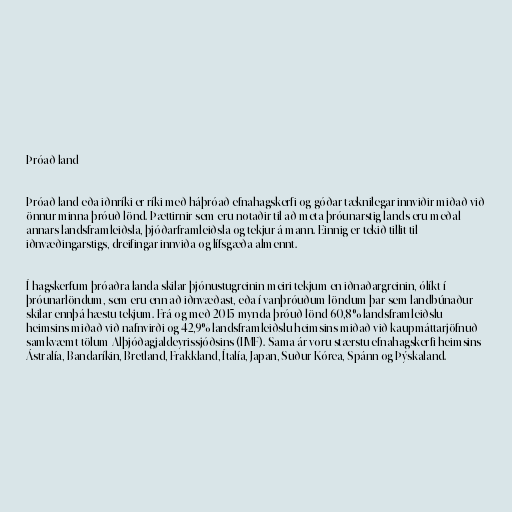
Þróað land

Þróað land eða iðnríki er ríki með háþróað efnahagskerfi og góðar tæknilegar innviðir miðað við
önnur minna þróuð lönd. Þættirnir sem eru notaðir til að meta þróunarstig lands eru meðal
annars landsframleiðsla, þjóðarframleiðsla og tekjur á mann. Einnig er tekið tillit til
iðnvæðingarstigs, dreifingar innviða og lífsgæða almennt.

Í hagskerfum þróaðra landa skilar þjónustugreinin meiri tekjum en iðnaðargreinin, ólíkt í
þróunarlöndum, sem eru enn að iðnvæðast, eða í vanþróuðum löndum þar sem landbúnaður
skilar ennþá hæstu tekjum. Frá og með 2015 mynda þróuð lönd 60,8% landsframleiðslu
heimsins miðað við nafnvirði og 42,9% landsframleiðslu heimsins miðað við kaupmáttarjöfnuð
samkvæmt tölum Alþjóðagjaldeyrissjóðsins (IMF). Sama ár voru stærstu efnahagskerfi heimsins
Ástralía, Bandaríkin, Bretland, Frakkland, Ítalía, Japan, Suður-Kórea, Spánn og Þýskaland.